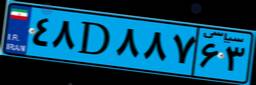
۹۷D۴۲۴۱۱